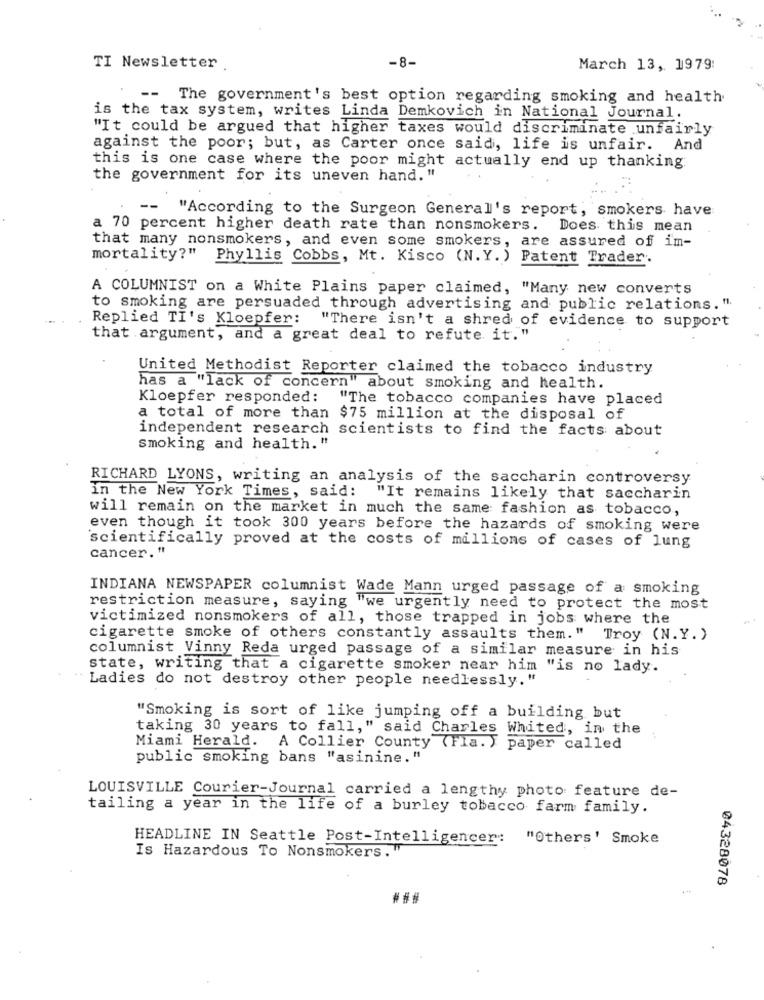
TI Newsletter
-8-
March 13, 1979:
-- The government's best option regarding smoking and health
is the tax system, writes Linda Demkovich in National Journal.
"It could be argued that higher taxes would discriminate unfairly
against the poor; but, as Carter once said, life is unfair. And
this is one case where the poor might actually end up thanking
the government for its uneven hand. "
--
"According to the Surgeon General's report, smokers have
a 70 percent higher death rate than nonsmokers. Does this mean
that many nonsmokers, and even some smokers, are assured of im-
mortality?" Phyllis Cobbs, Mt. Kisco (N.Y. ) Patent Trader.
A COLUMNIST on a White Plains paper claimed, "Many new converts
to smoking are persuaded through advertising and public relations. ".
Replied TI's Kloepfer:
"There isn't a shred of evidence to support
that argument, and a great deal to refute it.""
United Methodist Reporter claimed the tobacco industry
has a "lack of concern" about smoking and health.
Kloepfer responded:
"The tobacco companies have placed
a total of more than $75 million at the disposal of
independent research scientists to find the facts about
smoking and health."
RICHARD LYONS, writing an analysis of the saccharin controversy
In the New York Times, said:
"It remains likely that saccharin
will remain on the market in much the same fashion as tobacco,
even though it took 300 years before the hazards of smoking were
scientifically proved at the costs of millions of cases of lung
cancer. "
INDIANA NEWSPAPER columnist Wade Mann urged passage of a smoking
restriction measure, saying "we urgently need to protect the most
victimized nonsmokers of all, those trapped in jobs where the
cigarette smoke of others constantly assaults them." Troy (N.Y. )
columnist Vinny Reda urged passage of a similar measure in his
state, writing that a cigarette smoker near him "is no lady.
Ladies do not destroy other people needlessly."
"Smoking is sort of like jumping off a building but
taking 30 years to fall," said Charles Whited, in the
Miami Herald.
A Collier County (Fla. ) paper called
public smoking bans "asinine."
LOUISVILLE Courier-Journal carried a lengthy photo feature de-
tailing a year in the life of a burley tobacco farm family.
HEADLINE IN Seattle Post-Intelligencer: "0thers' Smoke
Is Hazardous To Nonsmokers."
04328078